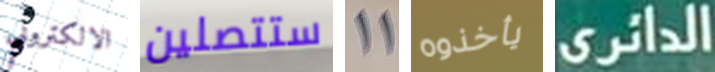
الالكتروني ستتصلين 11 يأخذوه الدائري